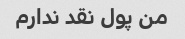
من پول نقد ندارم